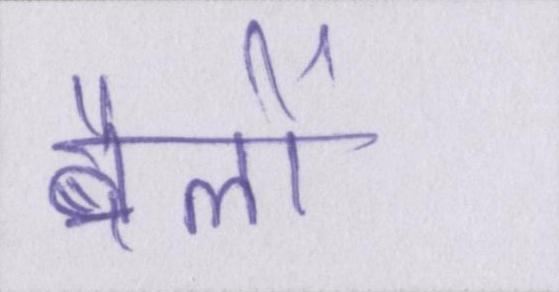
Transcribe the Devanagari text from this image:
बैलों